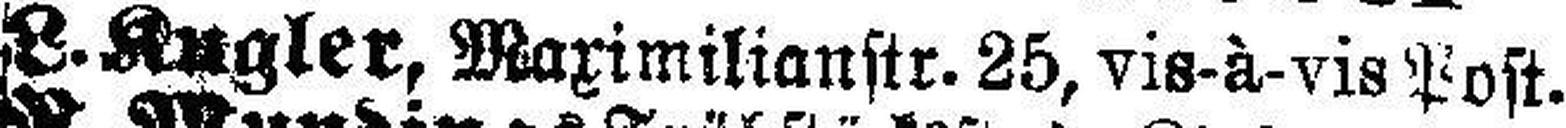
L.Kugler, Maximilianstr. 25, vis-à-vis Post.